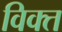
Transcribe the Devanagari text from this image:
विक्त